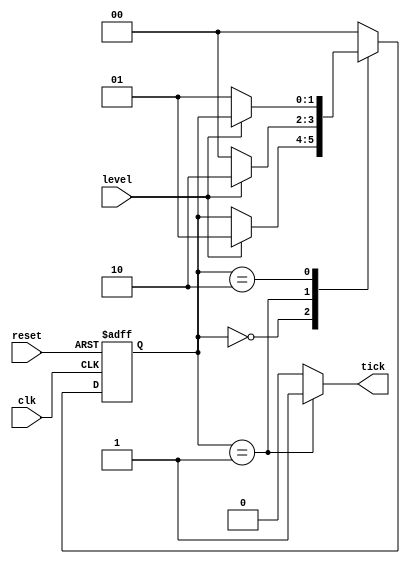
// Dual-edge detector - Moore design

module dual_edge_moore
    (
     input  wire clk, reset,
     input  wire level,
     output reg  tick
    );

    // symbolic state declaration
    localparam [1:0] zero = 2'b00,
                     edg  = 2'b01,
                     one  = 2'b10;

    // signal declaration
    reg[1:0] state_reg, state_next;

    // state register
    always @(posedge clk, posedge reset)
    begin
        if (reset)
            state_reg <= 0;
        else
            state_reg <= state_next;
    end

    // next-state logic and output logic
    always @*
    begin
        state_next = state_reg;   // default state: the same
        tick       = 1'b0;        // default output: 0
        case (state_reg)
            zero:
                if (level)
                    state_next = edg;
            edg:
                begin
                    tick = 1'b1;
                    if (level)
                        state_next = one;
                    else
                        state_next = zero;
                end
            one:
                if (~level)
                    state_next = edg;
            default:
                state_next = zero;
        endcase
    end

endmodule